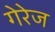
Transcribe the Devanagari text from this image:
गेरेज